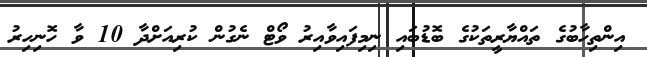
އިންތިހާބުގެ ތައްޔާރީތަކުގެ ބޮޑުބައި ނިމިފައިވާއިރު ވޯޓް ނެގުން ކުރިއަށްދާ 10 ވާ ހޮނިހިރު